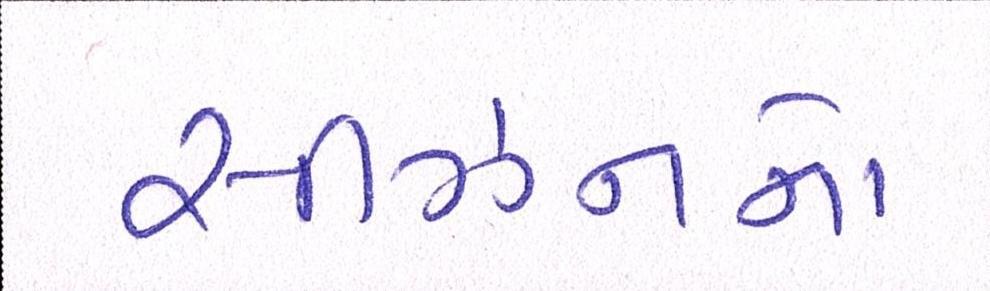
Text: સીઝનનો